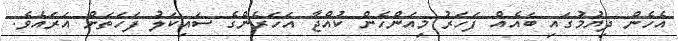
އެހެން ދިޔުމުގައި ބައެއް ފަހަރު މިއަންހެން ކުއްޖާ އަހަރެންގެ ސައިކަލު ފަހަތަށް އަރައެވެ.